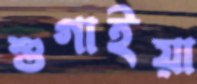
শুগাইয়া